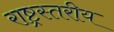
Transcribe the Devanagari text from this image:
राष्ट्रस्तरीय